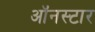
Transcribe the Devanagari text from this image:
ऑनस्टार